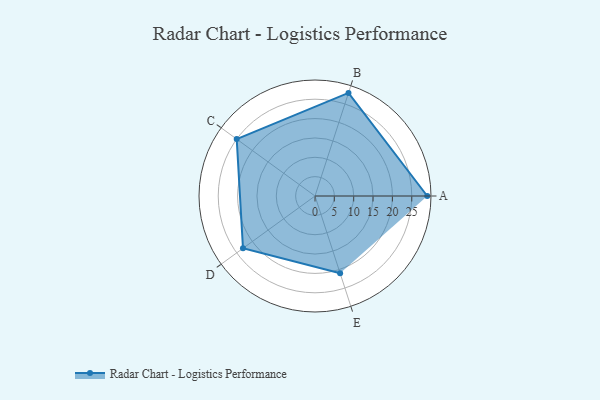
{"axis": {"x": "Skill", "y": "Score"}, "legend": ["Profile"], "data": [{"x": "A", "y": 29.0, "type": "Profile"}, {"x": "B", "y": 28.0, "type": "Profile"}, {"x": "C", "y": 25.0, "type": "Profile"}, {"x": "D", "y": 23.0, "type": "Profile"}, {"x": "E", "y": 21.0, "type": "Profile"}]}